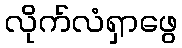
လိုက်လံရှာဖွေ